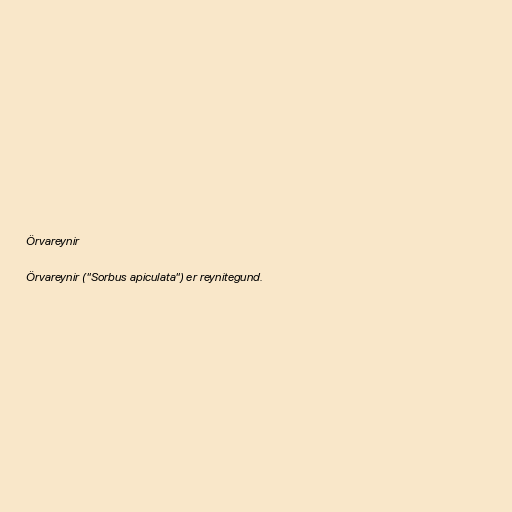
Örvareynir

Örvareynir ("Sorbus apiculata") er reynitegund.